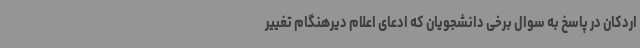
اردکان در پاسخ به سوال برخی دانشجویان که ادعای اعلام دیرهنگام تغییر